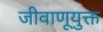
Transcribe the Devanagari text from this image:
जीवाणूयुक्त